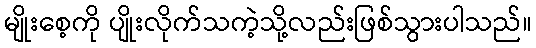
မျိုးစေ့ကို ပျိုးလိုက်သကဲ့သို့လည်းဖြစ်သွားပါသည်။